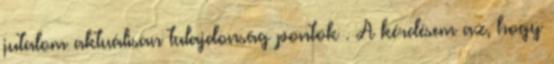
jutalom aktuálisan tulajdonság pontok . A kérdésem az, hogy